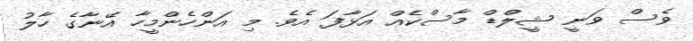
ވެސް ވަނީ ޝީލްޑް މާސްކެއް އަޅާފަ އެވެ. މި އަންހެންމީހާ އޭނާގެ ހާލު